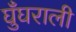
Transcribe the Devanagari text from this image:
घुँघराली